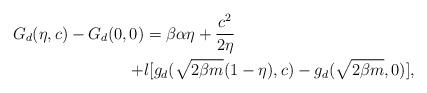
LaTeX: \begin{align*} G_d(\eta,c)-G_d(0,0)&=\beta\alpha\eta+\frac{c^2}{2\eta} \\+&l[g_d(\sqrt{2\beta m}(1-\eta),c)-g_d(\sqrt{2\beta m},0)], \end{align*}